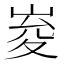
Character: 𭖨